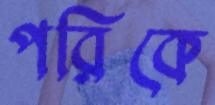
পরিকে